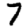
Digit: 7